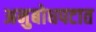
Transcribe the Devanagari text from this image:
अनुबोधपटात